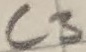
Text: C3